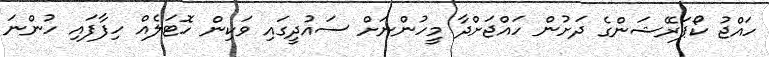
ހައްޖު ކޯޕަރޭޝަންގެ ދަށުން ހައްޖަށްދާ މީހުންނަށް ސައުދީގައި ވަކިން ހޮޓަލެއް ހިފާފައި ހުންނަ